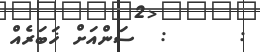
:      :  ސަންއަށް ޚަބަރެއް